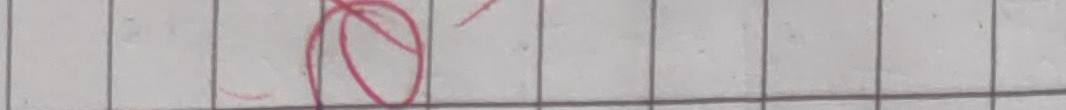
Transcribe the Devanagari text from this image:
अ